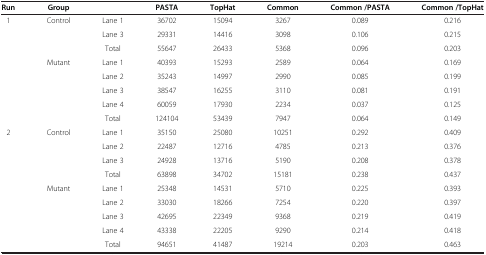
<table><thead><tr><td><b>Run</b></td><td><b>Group</b></td><td><b> </b></td><td><b>PASTA</b></td><td><b>TopHat</b></td><td><b>Common</b></td><td><b>Common /PASTA</b></td><td><b>Common /TopHat</b></td></tr></thead><tbody><tr><td>1</td><td>Control</td><td>Lane 1</td><td>36702</td><td>15094</td><td>3267</td><td>0.089</td><td>0.216</td></tr><tr><td> </td><td> </td><td>Lane 3</td><td>29331</td><td>14416</td><td>3098</td><td>0.106</td><td>0.215</td></tr><tr><td> </td><td> </td><td>Total</td><td>55647</td><td>26433</td><td>5368</td><td>0.096</td><td>0.203</td></tr><tr><td> </td><td>Mutant</td><td>Lane 1</td><td>40393</td><td>15293</td><td>2589</td><td>0.064</td><td>0.169</td></tr><tr><td> </td><td> </td><td>Lane 2</td><td>35243</td><td>14997</td><td>2990</td><td>0.085</td><td>0.199</td></tr><tr><td> </td><td> </td><td>Lane 3</td><td>38547</td><td>16255</td><td>3110</td><td>0.081</td><td>0.191</td></tr><tr><td> </td><td> </td><td>Lane 4</td><td>60059</td><td>17930</td><td>2234</td><td>0.037</td><td>0.125</td></tr><tr><td> </td><td> </td><td>Total</td><td>124104</td><td>53439</td><td>7947</td><td>0.064</td><td>0.149</td></tr><tr><td>2</td><td>Control</td><td>Lane 1</td><td>35150</td><td>25080</td><td>10251</td><td>0.292</td><td>0.409</td></tr><tr><td> </td><td> </td><td>Lane 2</td><td>22487</td><td>12716</td><td>4785</td><td>0.213</td><td>0.376</td></tr><tr><td> </td><td> </td><td>Lane 3</td><td>24928</td><td>13716</td><td>5190</td><td>0.208</td><td>0.378</td></tr><tr><td> </td><td> </td><td>Total</td><td>63898</td><td>34702</td><td>15181</td><td>0.238</td><td>0.437</td></tr><tr><td> </td><td>Mutant</td><td>Lane 1</td><td>25348</td><td>14531</td><td>5710</td><td>0.225</td><td>0.393</td></tr><tr><td> </td><td> </td><td>Lane 2</td><td>33030</td><td>18266</td><td>7254</td><td>0.220</td><td>0.397</td></tr><tr><td> </td><td> </td><td>Lane 3</td><td>42695</td><td>22349</td><td>9368</td><td>0.219</td><td>0.419</td></tr><tr><td> </td><td> </td><td>Lane 4</td><td>43338</td><td>22205</td><td>9290</td><td>0.214</td><td>0.418</td></tr><tr><td> </td><td> </td><td>Total</td><td>94651</td><td>41487</td><td>19214</td><td>0.203</td><td>0.463</td></tr></tbody></table>